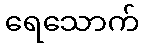
ရေသောက်